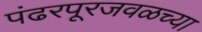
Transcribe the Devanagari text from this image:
पंढरपूरजवळच्या